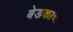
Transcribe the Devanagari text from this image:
बेडकाचा